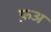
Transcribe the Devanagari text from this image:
फ़अ